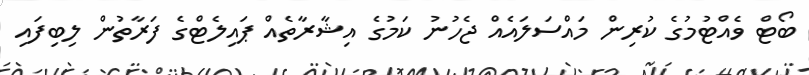
ބޯޓް ވެއްޓުމުގެ ކުރިން މައްސަލައެއް ޖެހުނު ކަމުގެ އިޝާރާތެއް ޕައިލެޓްގެ ފަރާތުން ލިބިފައި